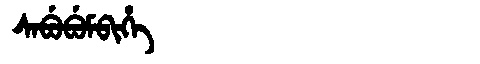
Manchu: ᠰᠠᠪᡠᠪᡠᠮᠪᡳᡥᡝ
Romanization: SABUBUMBIHE